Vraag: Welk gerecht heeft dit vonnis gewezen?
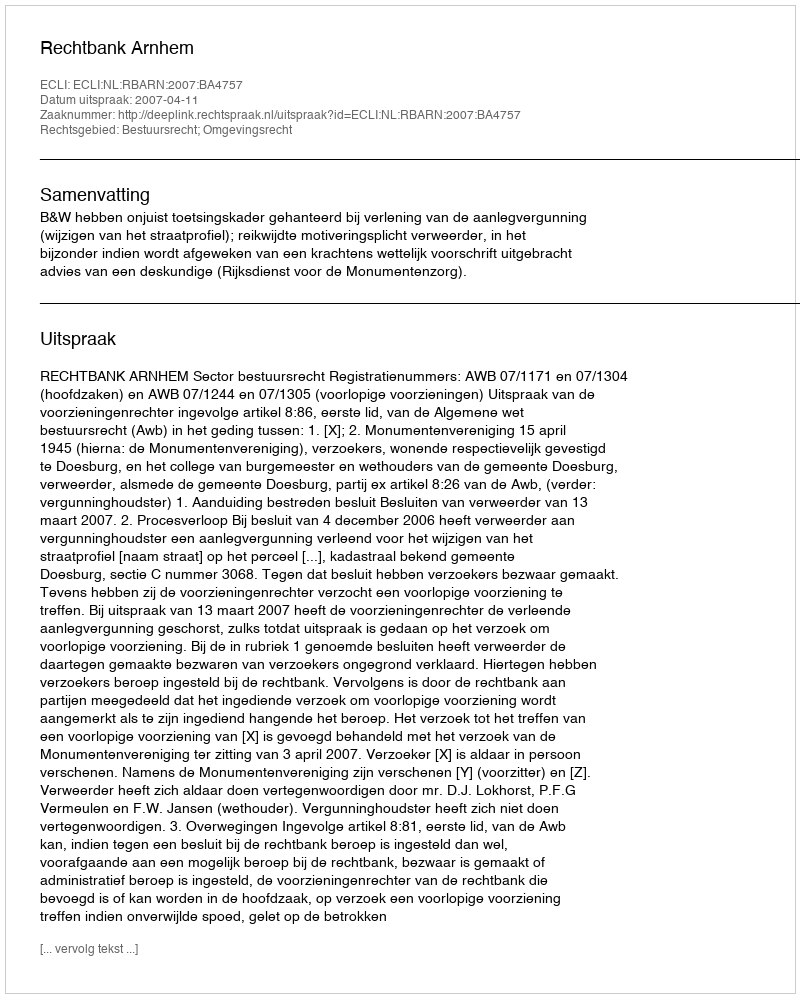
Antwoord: Rechtbank Arnhem